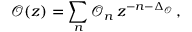
\mathcal { O } ( z ) = \sum _ { n } \mathcal { O } _ { n } \, z ^ { - n - \Delta _ { \mathcal { O } } } \, ,